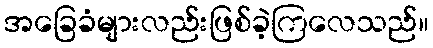
အခြေခံများလည်းဖြစ်ခဲ့ကြလေသည်။